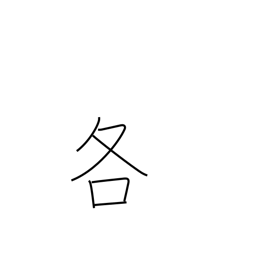
Meaning: either